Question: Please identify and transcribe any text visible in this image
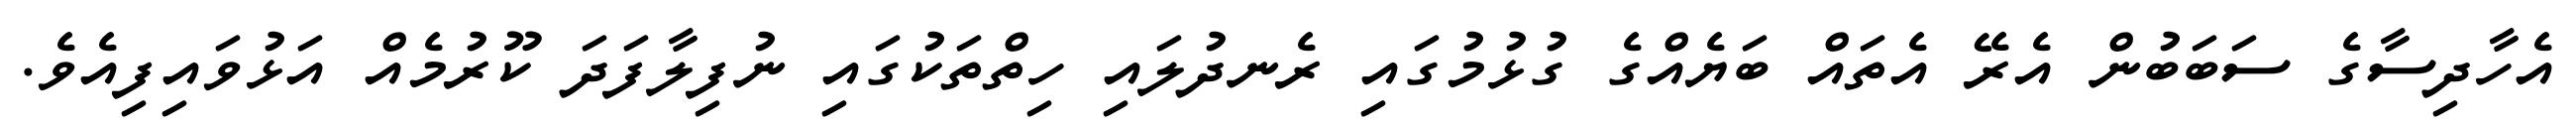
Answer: އެހާދިސާގެ ސަބަބުން އެރޭ އެތައް ބަޔެއްގެ ގުޅުމުގައި ރެނދުލައި ހިތްތަކުގައި ނުފިލާފަދަ ކޫރުމެއް އަޅުވައިފިއެވެ.